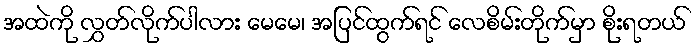
အထဲကို လွှတ်လိုက်ပါလား မေမေ၊ အပြင်ထွက်ရင် လေစိမ်းတိုက်မှာ စိုးရတယ်